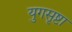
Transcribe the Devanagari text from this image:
युगसृष्टा